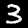
Label: 3